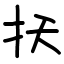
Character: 扷